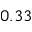
0 . 3 3